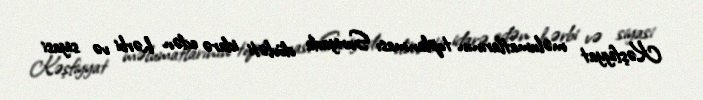
Kəşfiyyat məlumatlarının toplanması Suriyada dövləti idarə edən hərbi və siyasi